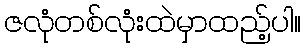
ဇလုံတစ်လုံးထဲမှာထည့်ပါ။